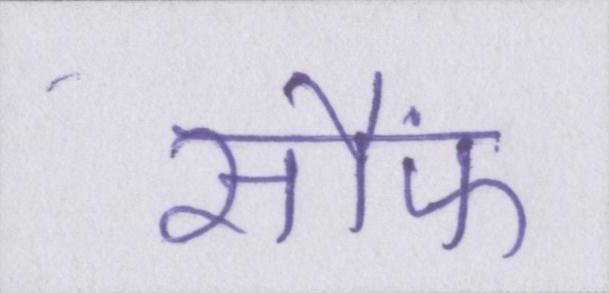
सौंफ